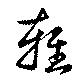
雍